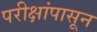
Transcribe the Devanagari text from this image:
परीक्षांपासून